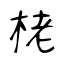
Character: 栳